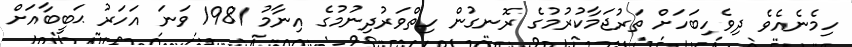
ހިމެނެއެވެ ދިވެހިބަހަށް ތަރުޖަމާކުރުމުގެ ރޮނގުން ހިތްވަރުދިނުމުގެ އިނާމު 1981 ވަނަ އަހަރު ޙަބީބާއަށް